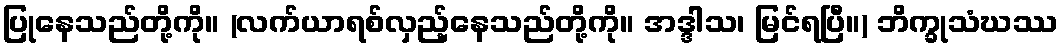
ပြုနေသည်တို့ကို။ (လက်ယာရစ်လှည့်နေသည်တို့ကို။ အဒ္ဒါသ၊ မြင်ရပြီ။) ဘိက္ခုသံဃဿ